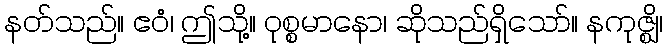
နတ်သည်။ ဧဝံ၊ ဤသို့။ ဝုစ္စမာနော၊ ဆိုသည်ရှိသော်။ နကုဇ္ဈိ၊